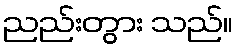
ညည်းတွား သည်။